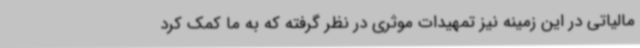
مالیاتی در این زمینه نیز تمهیدات موثری در نظر گرفته که به ما کمک کرد